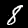
Digit: 8